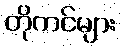
တိုကင်များ